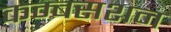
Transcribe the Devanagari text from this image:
कम्बसशन